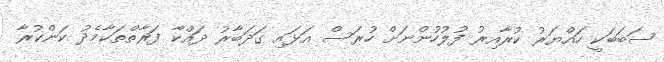
ސަބަބަކީ ހައްޔަރު ކުރާއިރު ފުލުހުންނަށް ހުރަސް އަޅައި ގަދަބާރު ދައްކާ ފަރާތްތަކާމެދު ކަންކުރާ